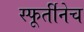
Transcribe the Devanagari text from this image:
स्फूर्तीनेच